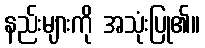
နည်းများကို အသုံးပြု၏။